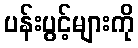
ပန်းပွင့်များကို